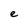
Character: e